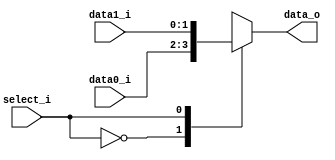
//Subject:     CO project 2 - MUX 221
//--------------------------------------------------------------------------------
//Version:     1
//--------------------------------------------------------------------------------
//Writer:      Ling Yin-Tao
//----------------------------------------------
//Date:        5/2
//----------------------------------------------
//Description: 0516320
//--------------------------------------------------------------------------------
     
module MUX_2to1(
               data0_i,
               data1_i,
               select_i,
               data_o
               );

parameter size = 0;			   
			
//I/O ports               
input   [size-1:0] data0_i;          
input   [size-1:0] data1_i;
input              select_i;
output  [size-1:0] data_o; 

//Internal Signals
reg     [size-1:0] data_o;

//Main function

always @(*)
	case(select_i)
		0:data_o <= data0_i;
		1:data_o <= data1_i;
		default: data_o <= data_o;
	endcase


endmodule